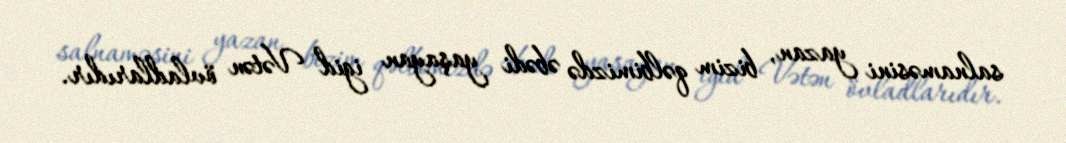
salnaməsini yazan, bizim qəlbimizdə əbədi yaşayan igid Vətən övladlarıdır.